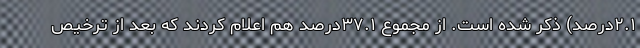
۲.۱درصد) ذکر شده است. از مجموع ۳۷.۱درصد هم اعلام کردند که بعد از ترخیص